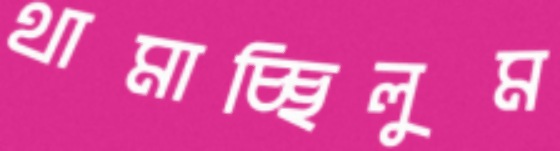
থামাচ্ছিলুম